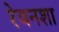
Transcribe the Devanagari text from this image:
रेवनशा